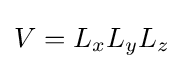
V=L_{x}L_{y}L_{z}